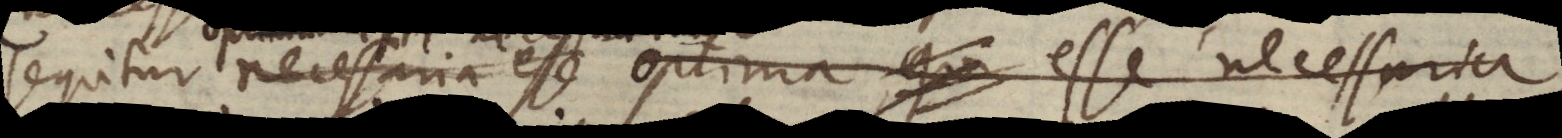
sequitur necessaria esse optima esse necessaria,